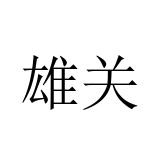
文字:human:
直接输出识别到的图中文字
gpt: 雄关